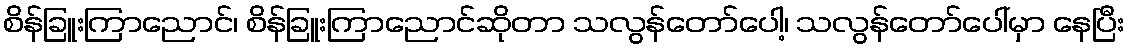
စိန်ခြူးကြာညောင်၊ စိန်ခြူးကြာညောင်ဆိုတာ သလွန်တော်ပေါ့၊ သလွန်တော်ပေါ်မှာ နေပြီး